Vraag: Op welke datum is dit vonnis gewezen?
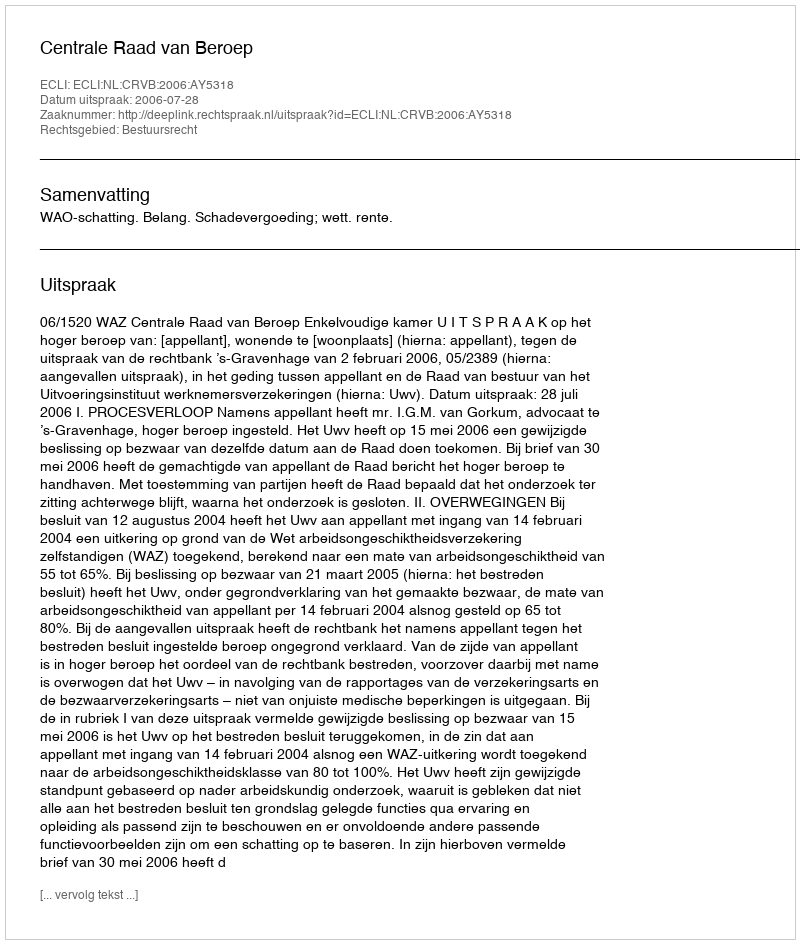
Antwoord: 2006-07-28